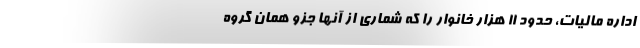
اداره مالیات، حدود ۱۱ هزار خانوار را که شماری از آنها جزو همان گروه